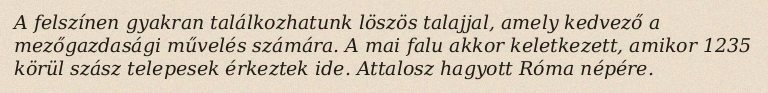
A felszínen gyakran találkozhatunk löszös talajjal, amely kedvező a mezőgazdasági művelés számára. A mai falu akkor keletkezett, amikor 1235 körül szász telepesek érkeztek ide. Attalosz hagyott Róma népére.